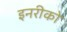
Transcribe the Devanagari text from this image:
इनरीको